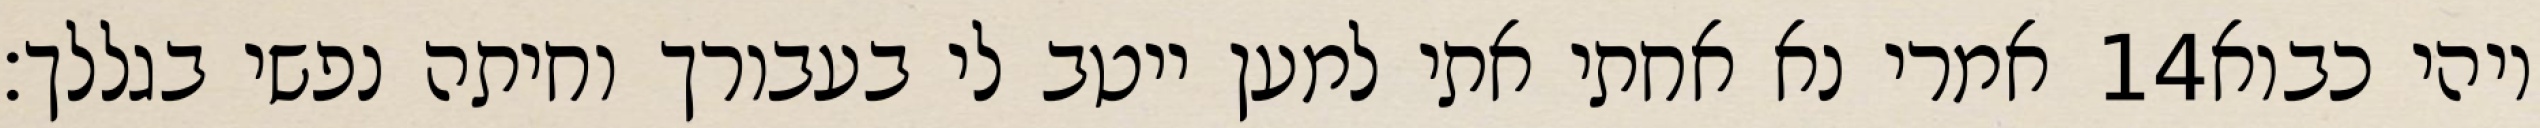
אמרי נא אחתי אתי למען ייטב לי בעבורך וחיתה נפשי בגללך׃ ‎14‏ ויהי כבוא